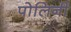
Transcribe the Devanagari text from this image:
पोलिनी